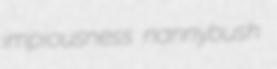
impiousness nannybush